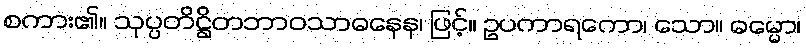
စကား၏။ သုပ္ပတိဋ္ဌိတဘာဝသာဓနေန၊ ဖြင့်။ ဥပကာရကော၊ သော။ ဓမ္မော၊